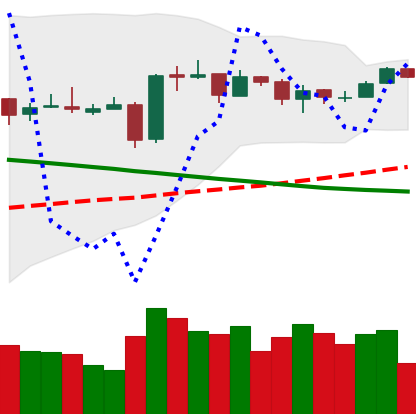
Ticker: EOS-USD
Chart end date: 2019-03-17
Forward return: -3.346%
Label: down_3_5